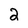
Character: 2